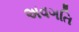
અવગતિ